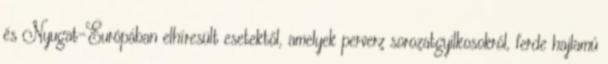
és Nyugat-Európában elhíresült esetektől, amelyek perverz sorozatgyilkosokról, ferde hajlamú